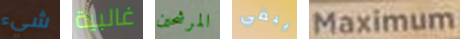
شيء غالبية المرشحين يبقي Maximum